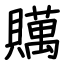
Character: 贎